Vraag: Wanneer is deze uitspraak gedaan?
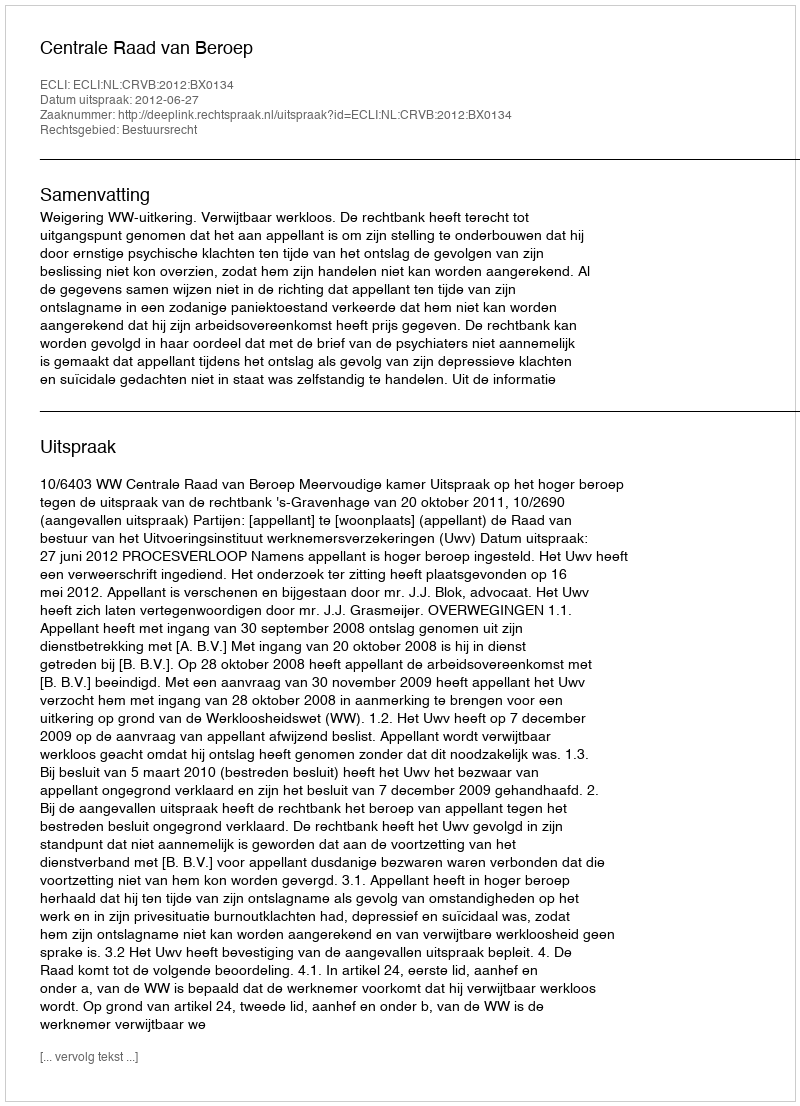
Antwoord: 2012-06-27